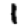
Digit: 1